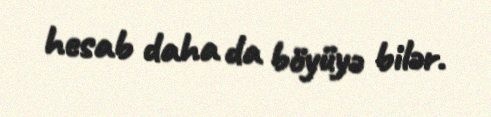
hesab daha da böyüyə bilər.